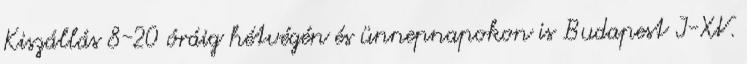
Kiszállás 8-20 óráig hétvégén és ünnepnapokon is Budapest I-XV.